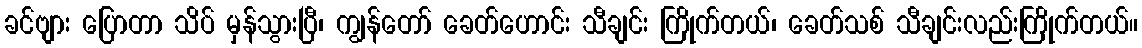
ခင်ဗျား ပြောတာ သိပ် မှန်သွားပြီ၊ ကျွန်တော် ခေတ်ဟောင်း သီချင်း ကြိုက်တယ်၊ ခေတ်သစ် သီချင်းလည်းကြိုက်တယ်။